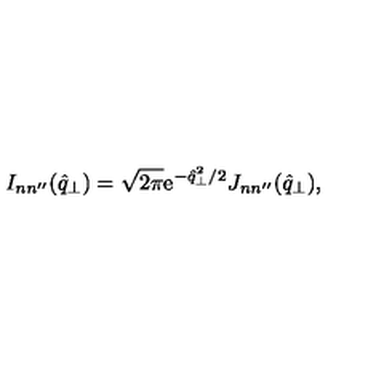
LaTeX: I _ { n n ^ { \prime \prime } } ( \hat { q } _ { \perp } ) = \sqrt { 2 \pi } \mathrm { e } ^ { - \hat { q } _ { \perp } ^ { 2 } / 2 } J _ { n n ^ { \prime \prime } } ( \hat { q } _ { \perp } ) ,